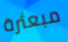
مبعثرة